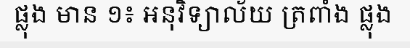
ផ្លុង មាន ១៖ អនុវិទ្យាល័យ ត្រពាំង ផ្លុង